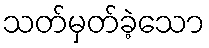
သတ်မှတ်ခဲ့သော